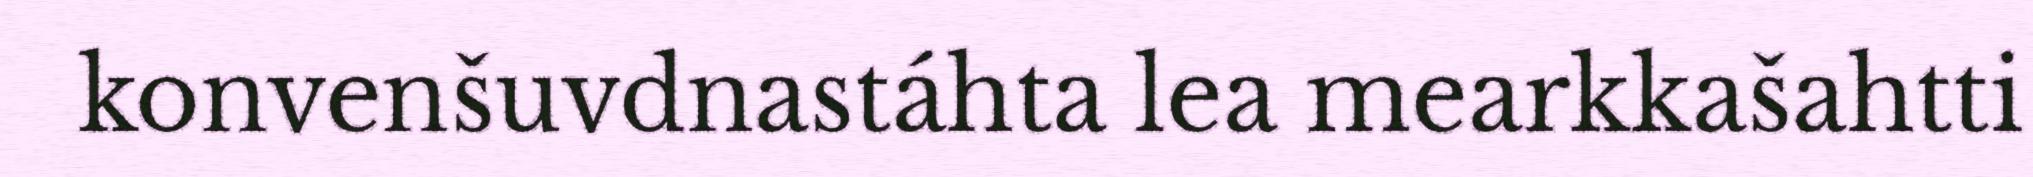
konvenšuvdnastáhta lea mearkkašahtti